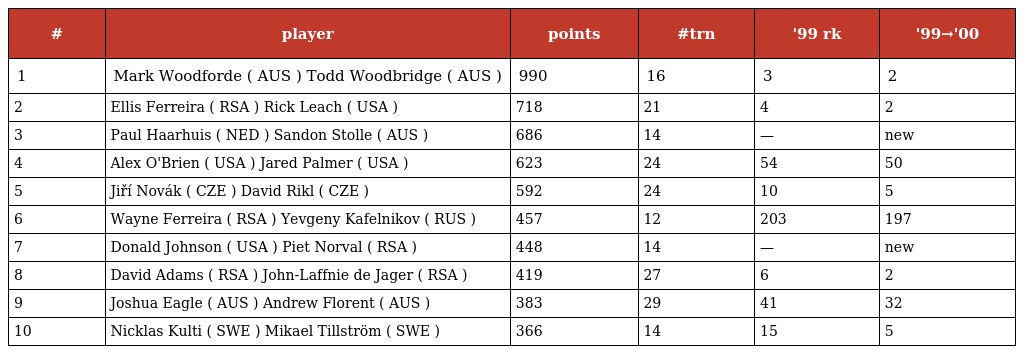
| # | player | points | #trn | '99 rk | '99→'00 |
 | --- | --- | --- | --- | --- | --- |
 | 1 | Mark Woodforde ( AUS ) Todd Woodbridge ( AUS ) | 990 | 16 | 3 | 2 |
 | 2 | Ellis Ferreira ( RSA ) Rick Leach ( USA ) | 718 | 21 | 4 | 2 |
 | 3 | Paul Haarhuis ( NED ) Sandon Stolle ( AUS ) | 686 | 14 | — | new |
 | 4 | Alex O'Brien ( USA ) Jared Palmer ( USA ) | 623 | 24 | 54 | 50 |
 | 5 | Jiří Novák ( CZE ) David Rikl ( CZE ) | 592 | 24 | 10 | 5 |
 | 6 | Wayne Ferreira ( RSA ) Yevgeny Kafelnikov ( RUS ) | 457 | 12 | 203 | 197 |
 | 7 | Donald Johnson ( USA ) Piet Norval ( RSA ) | 448 | 14 | — | new |
 | 8 | David Adams ( RSA ) John-Laffnie de Jager ( RSA ) | 419 | 27 | 6 | 2 |
 | 9 | Joshua Eagle ( AUS ) Andrew Florent ( AUS ) | 383 | 29 | 41 | 32 |
 | 10 | Nicklas Kulti ( SWE ) Mikael Tillström ( SWE ) | 366 | 14 | 15 | 5 |